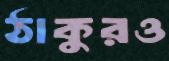
ঠাকুরও